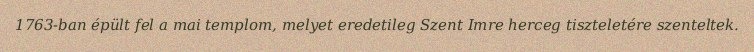
1763-ban épült fel a mai templom, melyet eredetileg Szent Imre herceg tiszteletére szenteltek.